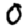
Digit: 0